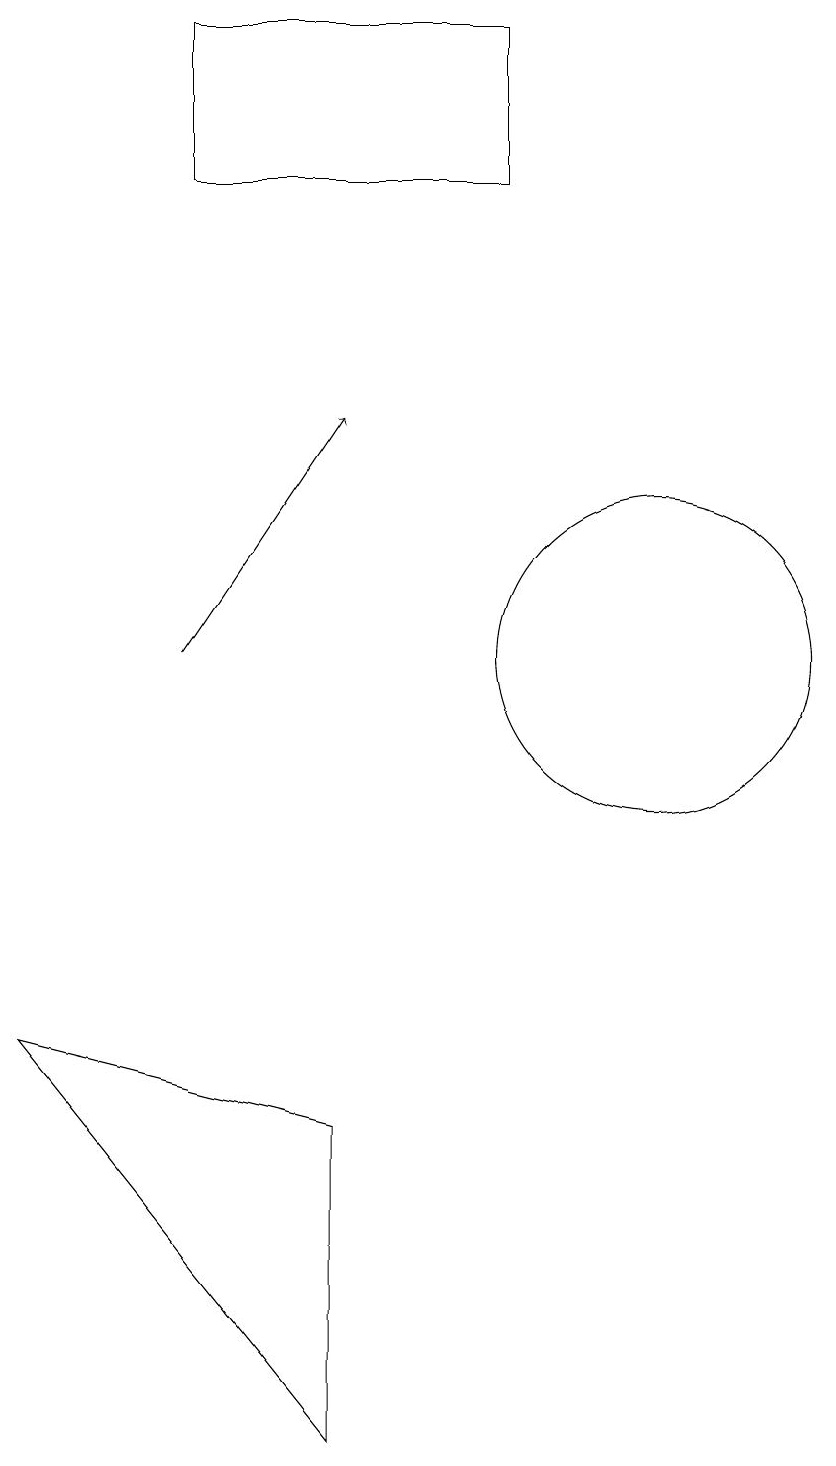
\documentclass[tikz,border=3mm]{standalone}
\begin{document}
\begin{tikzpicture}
\draw (6,4) -- (2,5) -- (6,0) -- cycle;
\draw[->] (4,10) -- (6,13);
\draw (10,10) circle (2);
\draw (4,18) rectangle (8,16);
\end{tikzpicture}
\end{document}